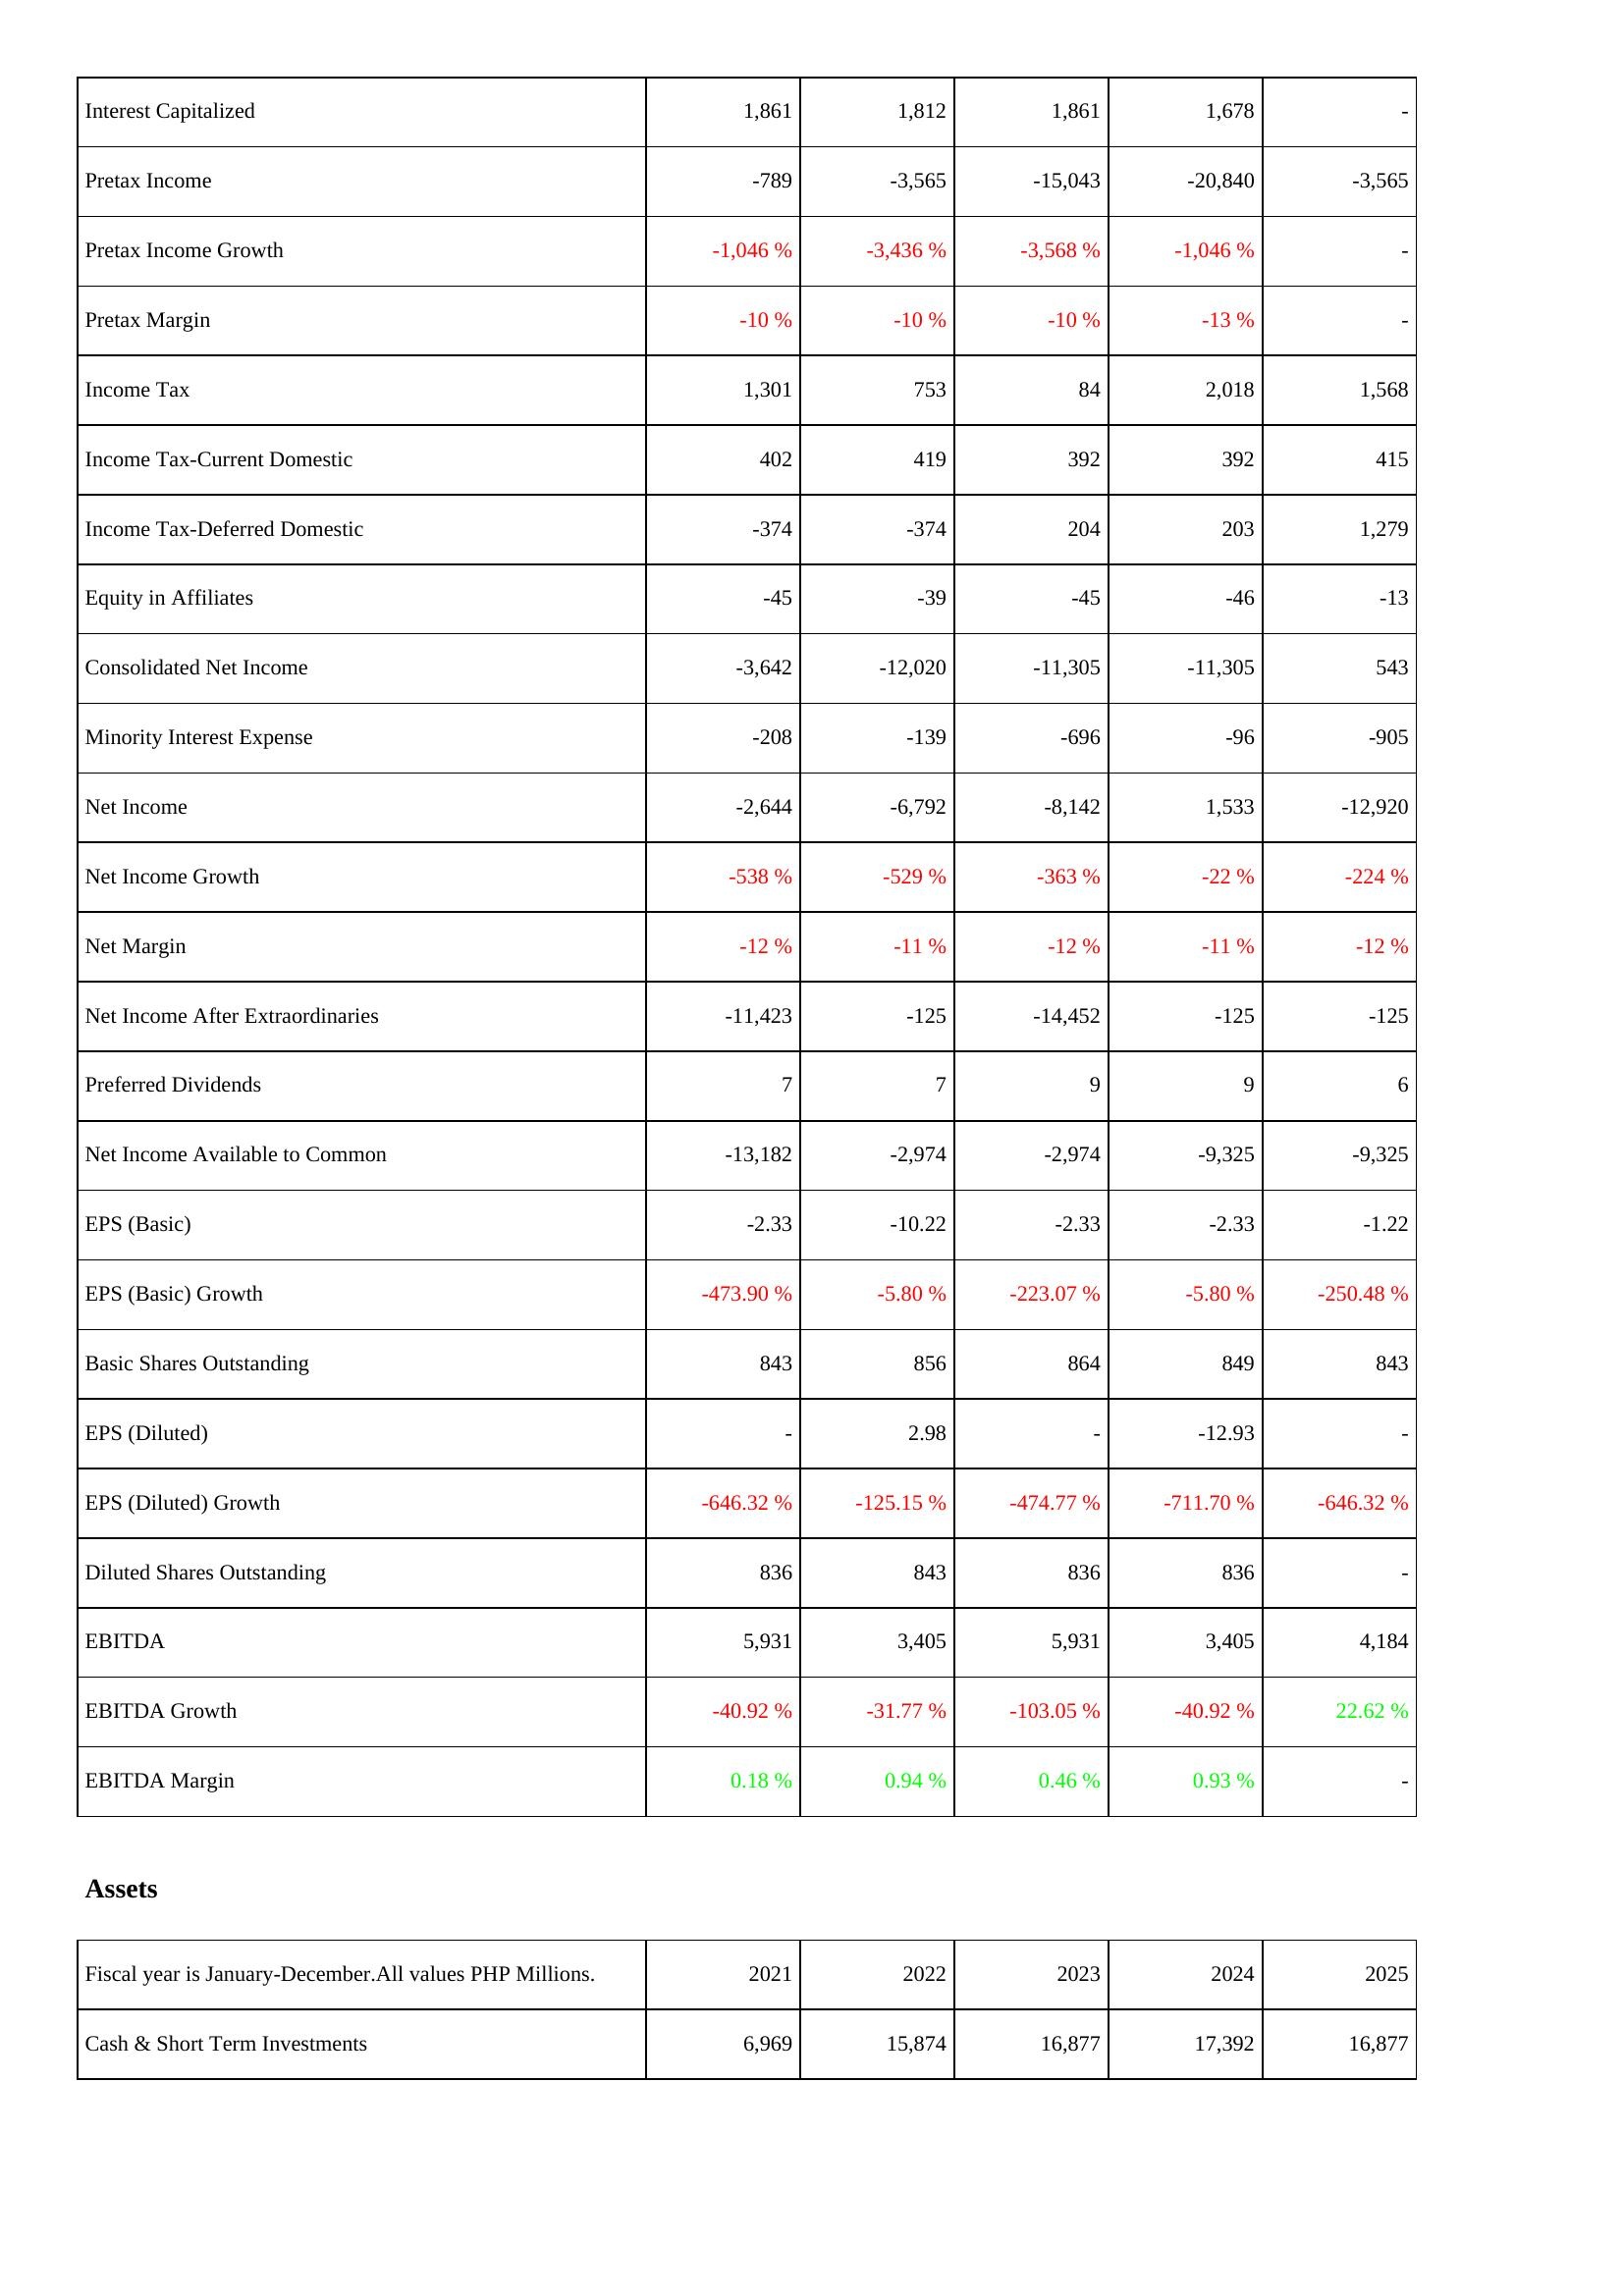
2021: Income Statement: Interest Capitalized: 1,861
Pretax Income: -789
Pretax Income Growth: -1,046 %
Pretax Margin: -10 %
Income Tax: 1,301
Income Tax-Current Domestic: 402
Income Tax-Deferred Domestic: -374
Equity in Affiliates: -45
Consolidated Net Income: -3,642
Minority Interest Expense: -208
Net Income: -2,644
Net Income Growth: -538 %
Net Margin: -12 %
Net Income After Extraordinaries: -11,423
Preferred Dividends: 7
Net Income Available to Common: -13,182
EPS (Basic): -2.33
EPS (Basic) Growth: -473.90 %
Basic Shares Outstanding: 843
EPS (Diluted): -
EPS (Diluted) Growth: -646.32 %
Diluted Shares Outstanding: 836
EBITDA: 5,931
EBITDA Growth: -40.92 %
EBITDA Margin: 0.18 %
Assets: Cash & Short Term Investments: 6,969
2022: Income Statement: Interest Capitalized: 1,812
Pretax Income: -3,565
Pretax Income Growth: -3,436 %
Pretax Margin: -10 %
Income Tax: 753
Income Tax-Current Domestic: 419
Income Tax-Deferred Domestic: -374
Equity in Affiliates: -39
Consolidated Net Income: -12,020
Minority Interest Expense: -139
Net Income: -6,792
Net Income Growth: -529 %
Net Margin: -11 %
Net Income After Extraordinaries: -125
Preferred Dividends: 7
Net Income Available to Common: -2,974
EPS (Basic): -10.22
EPS (Basic) Growth: -5.80 %
Basic Shares Outstanding: 856
EPS (Diluted): 2.98
EPS (Diluted) Growth: -125.15 %
Diluted Shares Outstanding: 843
EBITDA: 3,405
EBITDA Growth: -31.77 %
EBITDA Margin: 0.94 %
Assets: Cash & Short Term Investments: 15,874
2023: Income Statement: Interest Capitalized: 1,861
Pretax Income: -15,043
Pretax Income Growth: -3,568 %
Pretax Margin: -10 %
Income Tax: 84
Income Tax-Current Domestic: 392
Income Tax-Deferred Domestic: 204
Equity in Affiliates: -45
Consolidated Net Income: -11,305
Minority Interest Expense: -696
Net Income: -8,142
Net Income Growth: -363 %
Net Margin: -12 %
Net Income After Extraordinaries: -14,452
Preferred Dividends: 9
Net Income Available to Common: -2,974
EPS (Basic): -2.33
EPS (Basic) Growth: -223.07 %
Basic Shares Outstanding: 864
EPS (Diluted): -
EPS (Diluted) Growth: -474.77 %
Diluted Shares Outstanding: 836
EBITDA: 5,931
EBITDA Growth: -103.05 %
EBITDA Margin: 0.46 %
Assets: Cash & Short Term Investments: 16,877
2024: Income Statement: Interest Capitalized: 1,678
Pretax Income: -20,840
Pretax Income Growth: -1,046 %
Pretax Margin: -13 %
Income Tax: 2,018
Income Tax-Current Domestic: 392
Income Tax-Deferred Domestic: 203
Equity in Affiliates: -46
Consolidated Net Income: -11,305
Minority Interest Expense: -96
Net Income: 1,533
Net Income Growth: -22 %
Net Margin: -11 %
Net Income After Extraordinaries: -125
Preferred Dividends: 9
Net Income Available to Common: -9,325
EPS (Basic): -2.33
EPS (Basic) Growth: -5.80 %
Basic Shares Outstanding: 849
EPS (Diluted): -12.93
EPS (Diluted) Growth: -711.70 %
Diluted Shares Outstanding: 836
EBITDA: 3,405
EBITDA Growth: -40.92 %
EBITDA Margin: 0.93 %
Assets: Cash & Short Term Investments: 17,392
2025: Income Statement: Interest Capitalized: -
Pretax Income: -3,565
Pretax Income Growth: -
Pretax Margin: -
Income Tax: 1,568
Income Tax-Current Domestic: 415
Income Tax-Deferred Domestic: 1,279
Equity in Affiliates: -13
Consolidated Net Income: 543
Minority Interest Expense: -905
Net Income: -12,920
Net Income Growth: -224 %
Net Margin: -12 %
Net Income After Extraordinaries: -125
Preferred Dividends: 6
Net Income Available to Common: -9,325
EPS (Basic): -1.22
EPS (Basic) Growth: -250.48 %
Basic Shares Outstanding: 843
EPS (Diluted): -
EPS (Diluted) Growth: -646.32 %
Diluted Shares Outstanding: -
EBITDA: 4,184
EBITDA Growth: 22.62 %
EBITDA Margin: -
Assets: Cash & Short Term Investments: 16,877